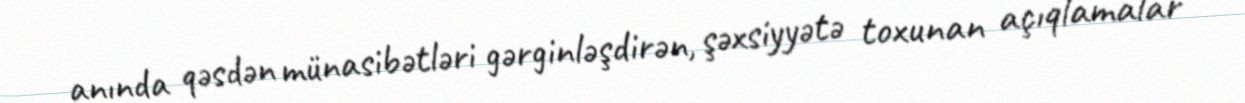
anında qəsdən münasibətləri gərginləşdirən, şəxsiyyətə toxunan açıqlamalar